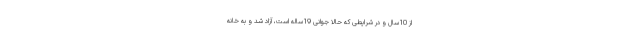
از 10سال و در شرایطی که حالا جوانی 19ساله است، آزاد شد و به خانه